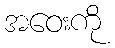
အဝေးကို